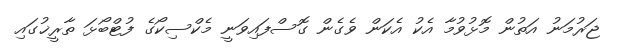
ޖަރުމަނު އަތުން މޮޅުވުމާ އެކު އެކަން ވެގެން ގޮސްފައިވަނީ މެކްސިކޯގެ ފުޓްބޯޅަ ތާރީޚުގައި